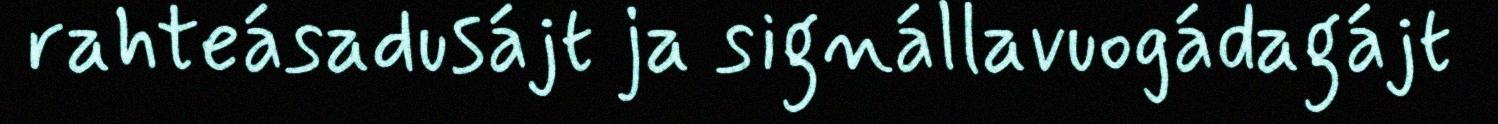
rahteásadusájt ja signállavuogádagájt